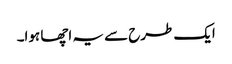
ایک طرح سے یہ اچھا ہوا۔